Report of the Indian Hemp Drugs Commission, 1894-1895 - Volume VII
Year: 1894
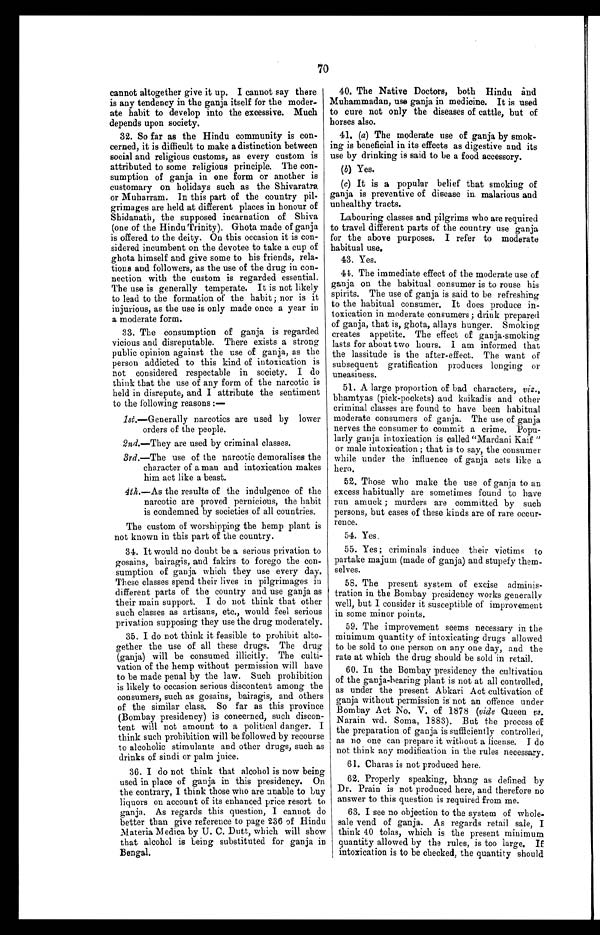
70
cannot altogether give it up. I cannot say there
is any tendency in the ganja itself for the moder
-
ate habit to develop into the excessive. Much
depends upon society.
32. So far as the Hindu community is con
-
cerned, it is difficult to make a distinction between
social and religious customs, as every custom is
attributed to some religious principle. The con
-
sumption of ganja in one form or another is
customary on holidays such as the Shivaratra
or Muharram. In this part of the country pil
-
grimages are held at different places in honour of
Shidanath, the supposed incarnation of Shiva
(one of the Hindu Trinity). Ghota made of ganja
is offered to the deity. On this occasion it is con
-
sidered incumbent on the devotee to take a cup of
ghota himself and give some to his friends, rela
-
tions and followers, as the use of the drug in con
-
nection with the custom is regarded essential.
The use is generally temperate. It is not likely
to lead to the formation of the habit; nor is it
injurious, as the use is only made once a year in
a moderate form.
33. The consumption of ganja is regarded
vicious and disreputable. There exists a strong
public opinion against the use of ganja, as the
person addicted to this kind of intoxication is
not considered respectable in society. I do
think that the use of any form of the narcotic is
held in disrepute, and I attribute the sentiment
to the following reasons:
—
1 s t
. — G e n e r a l l y n a r c o t i c s a r e u s e d b y l o w e r
orders of the people.
2nd.—They are used by criminal classes.
3rd .—The use of the narcotic demoralises the
character of a man and intoxication makes
him act like a beast.
4th.— As the results of the indulgence of the
narcotic are proved pernicious, the habit
is condemned by societies of all countries,
The custom of worshipping the hemp plant is
not known in this part of the country.
34. It would no doubt be a serious privation to
gosains, bairagis, and fakirs to forego the con
-
sumption of ganja which they use every day.
These classes spend their lives in pilgrimages in
different parts of the country and use ganja as
their main support. I do not think that other
such classes as artisans, etc., would feel serious
privation supposing they use the drug moderately.
35. I do not think it feasible to prohibit alto
-
gether the use of all these drugs. The drug
(ganja) will be consumed illicitly. The culti
-
vation of the hemp without permission will have
to be made penal by the law. Such prohibition
is likely to occasion serious discontent among the
consumers, such as gosains, bairagis, and others
of the similar class. So far as this province
(Bombay presidency) is concerned, such discon
-
tent will not amount to a political danger. I
think such prohibition will be followed by recourse
to alcoholic stimulants and other drugs, such as
drinks of sindi or palm juice.
36. I do not think that alcohol is now being
used in place of ganja in this presidency. On
the contrary, I think those who are unable to buy
liquors on account of its enhanced price resort to
ganja. As regards this question, I cannot do
better than give reference to page 236 of Hindu
Materia Nedica by U. C. Dutt, which will show
that alcohol is being substituted for ganja in
Bengal.
40. The Native Doctors, both Hindu and
Muhammadan, use ganja in medicine. It is used
to cure not only the diseases of cattle, but of
horses also.
41. (a ) The moderate use of ganja by smo
k -
i n g i s b e n e f i c i a l i n i t s e f f e c t s a s d i g e s t i v e a n d i t s
use by drinking is said to be a food accessory.
(b) Yes.
(c) It is a popular belief that smoking of
ganja is preventive of disease in, malarious and
unhealthy tracts.
Labouring classes and pilgrims who are required
to travel different parts of the country use ganja
for the above purposes. I refer to moderate
habitual use.
43. Yes.
44. The immediate effect of the moderate use of
ganja on the habitual consumer is to rouse his
spirits. The use of ganja is said to be refreshing
to the habitual consumer. It does produce in
-
toxication in moderate consumers; drink prepared
of ganja, that is, ghota, allays hunger. Smoking
creates appetite. The effect of ganja-smoking
lasts for about two hours. I am informed that
the lassitude is the after-effect. The want of
subsequent gratification produces longing or
uneasiness.
51. A large proportion of bad characters, viz.,
bhamtyas (pick-pockets) and kaikadis and other
criminal classes are found to have been habitual
moderate consumers of ganja. The use of ganja
nerves the consumer to commit a crime. Popu
-
larly ganja intoxication is called "Mardani Kaif"
or male intoxication; that is to say, the consumer
while under the influence of ganja acts like a
hero.
52. Those who make the use of ganja to an
excess habitually are sometimes found to have
run amuck; murders are committed by such
persons, but cases of these kinds are of rare occur
-
rence.
54. Yes.
55. Yes; criminals induce their victims to
partake majum (made of ganja) and stupefy them
- s e l v e s .
58. The present system of excise adminis
- t r a t i o n i n t h e B o m b a y p r e s i d e n c y w o r k s g e n e r a l l y
well, but I consider it susceptible of improvement.
in some minor points.
59. The improvement seems necessary in the
minimum quantity of intoxicating drugs allowed
to be sold to one person on any one day, and the
rate at which the drug should be sold in retail.
60. In the Bombay presidency the cultivation
of the ganja-bearing plant is not at all controlled,
as under the present Abkari Act cultivation of
ganja without permission is not an offence under
Bombay Act No. V. of 1878 (vide Queen vs.
Narain wd. Soma, 1883). But the process of
the preparation of ganja is sufficiently controlled,
as no one can prepare it without a license. I do
not think any modification in the rules necessary.
6 1 . C h a r a s i s n o t p r o d u c e d h e r e .
62. Properly speaking, bhang as defined by
Dr. Prain is not produced here, and therefore no
answer to this question is required from me.
63. I see no objection to the system of whole
-
sale vend of ganja. As regards retail sale, I
think 40 tolas, which is the present minimum
quantity allowed by the rules, is too large. If
intoxication is to be checked, the quantity should